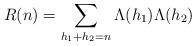
LaTeX: \begin{align*}R(n) = \sum_{h_1+h_2=n} \Lambda(h_1)\Lambda(h_2)\end{align*}